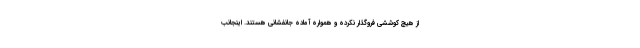
از هیچ کوششی فروگذار نکرده و همواره آماده جانفشانی هستند. اینجانب